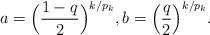
LaTeX: \begin{align*}a=\Big(\frac{1-q}{2}\Big)^{k/p_k}, b=\Big(\frac{q}{2}\Big)^{k/p_k}.\end{align*}